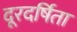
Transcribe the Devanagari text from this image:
दूरदर्षिता